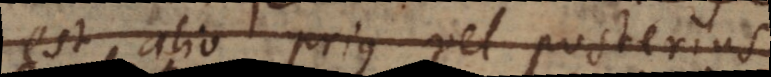
est alio prius vel posterius.